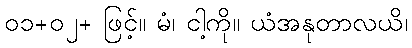
၀၁+၀၂+ ဖြင့်။ မံ၊ ငါ့ကို။ ယံအနုတာလယိ၊